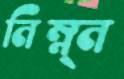
নিম্ন্ন